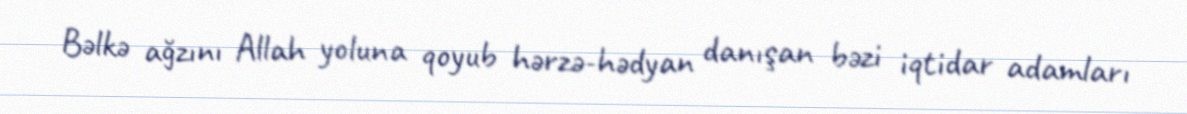
Bəlkə ağzını Allah yoluna qoyub hərzə-hədyan danışan bəzi iqtidar adamları